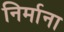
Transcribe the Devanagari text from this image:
निर्माना